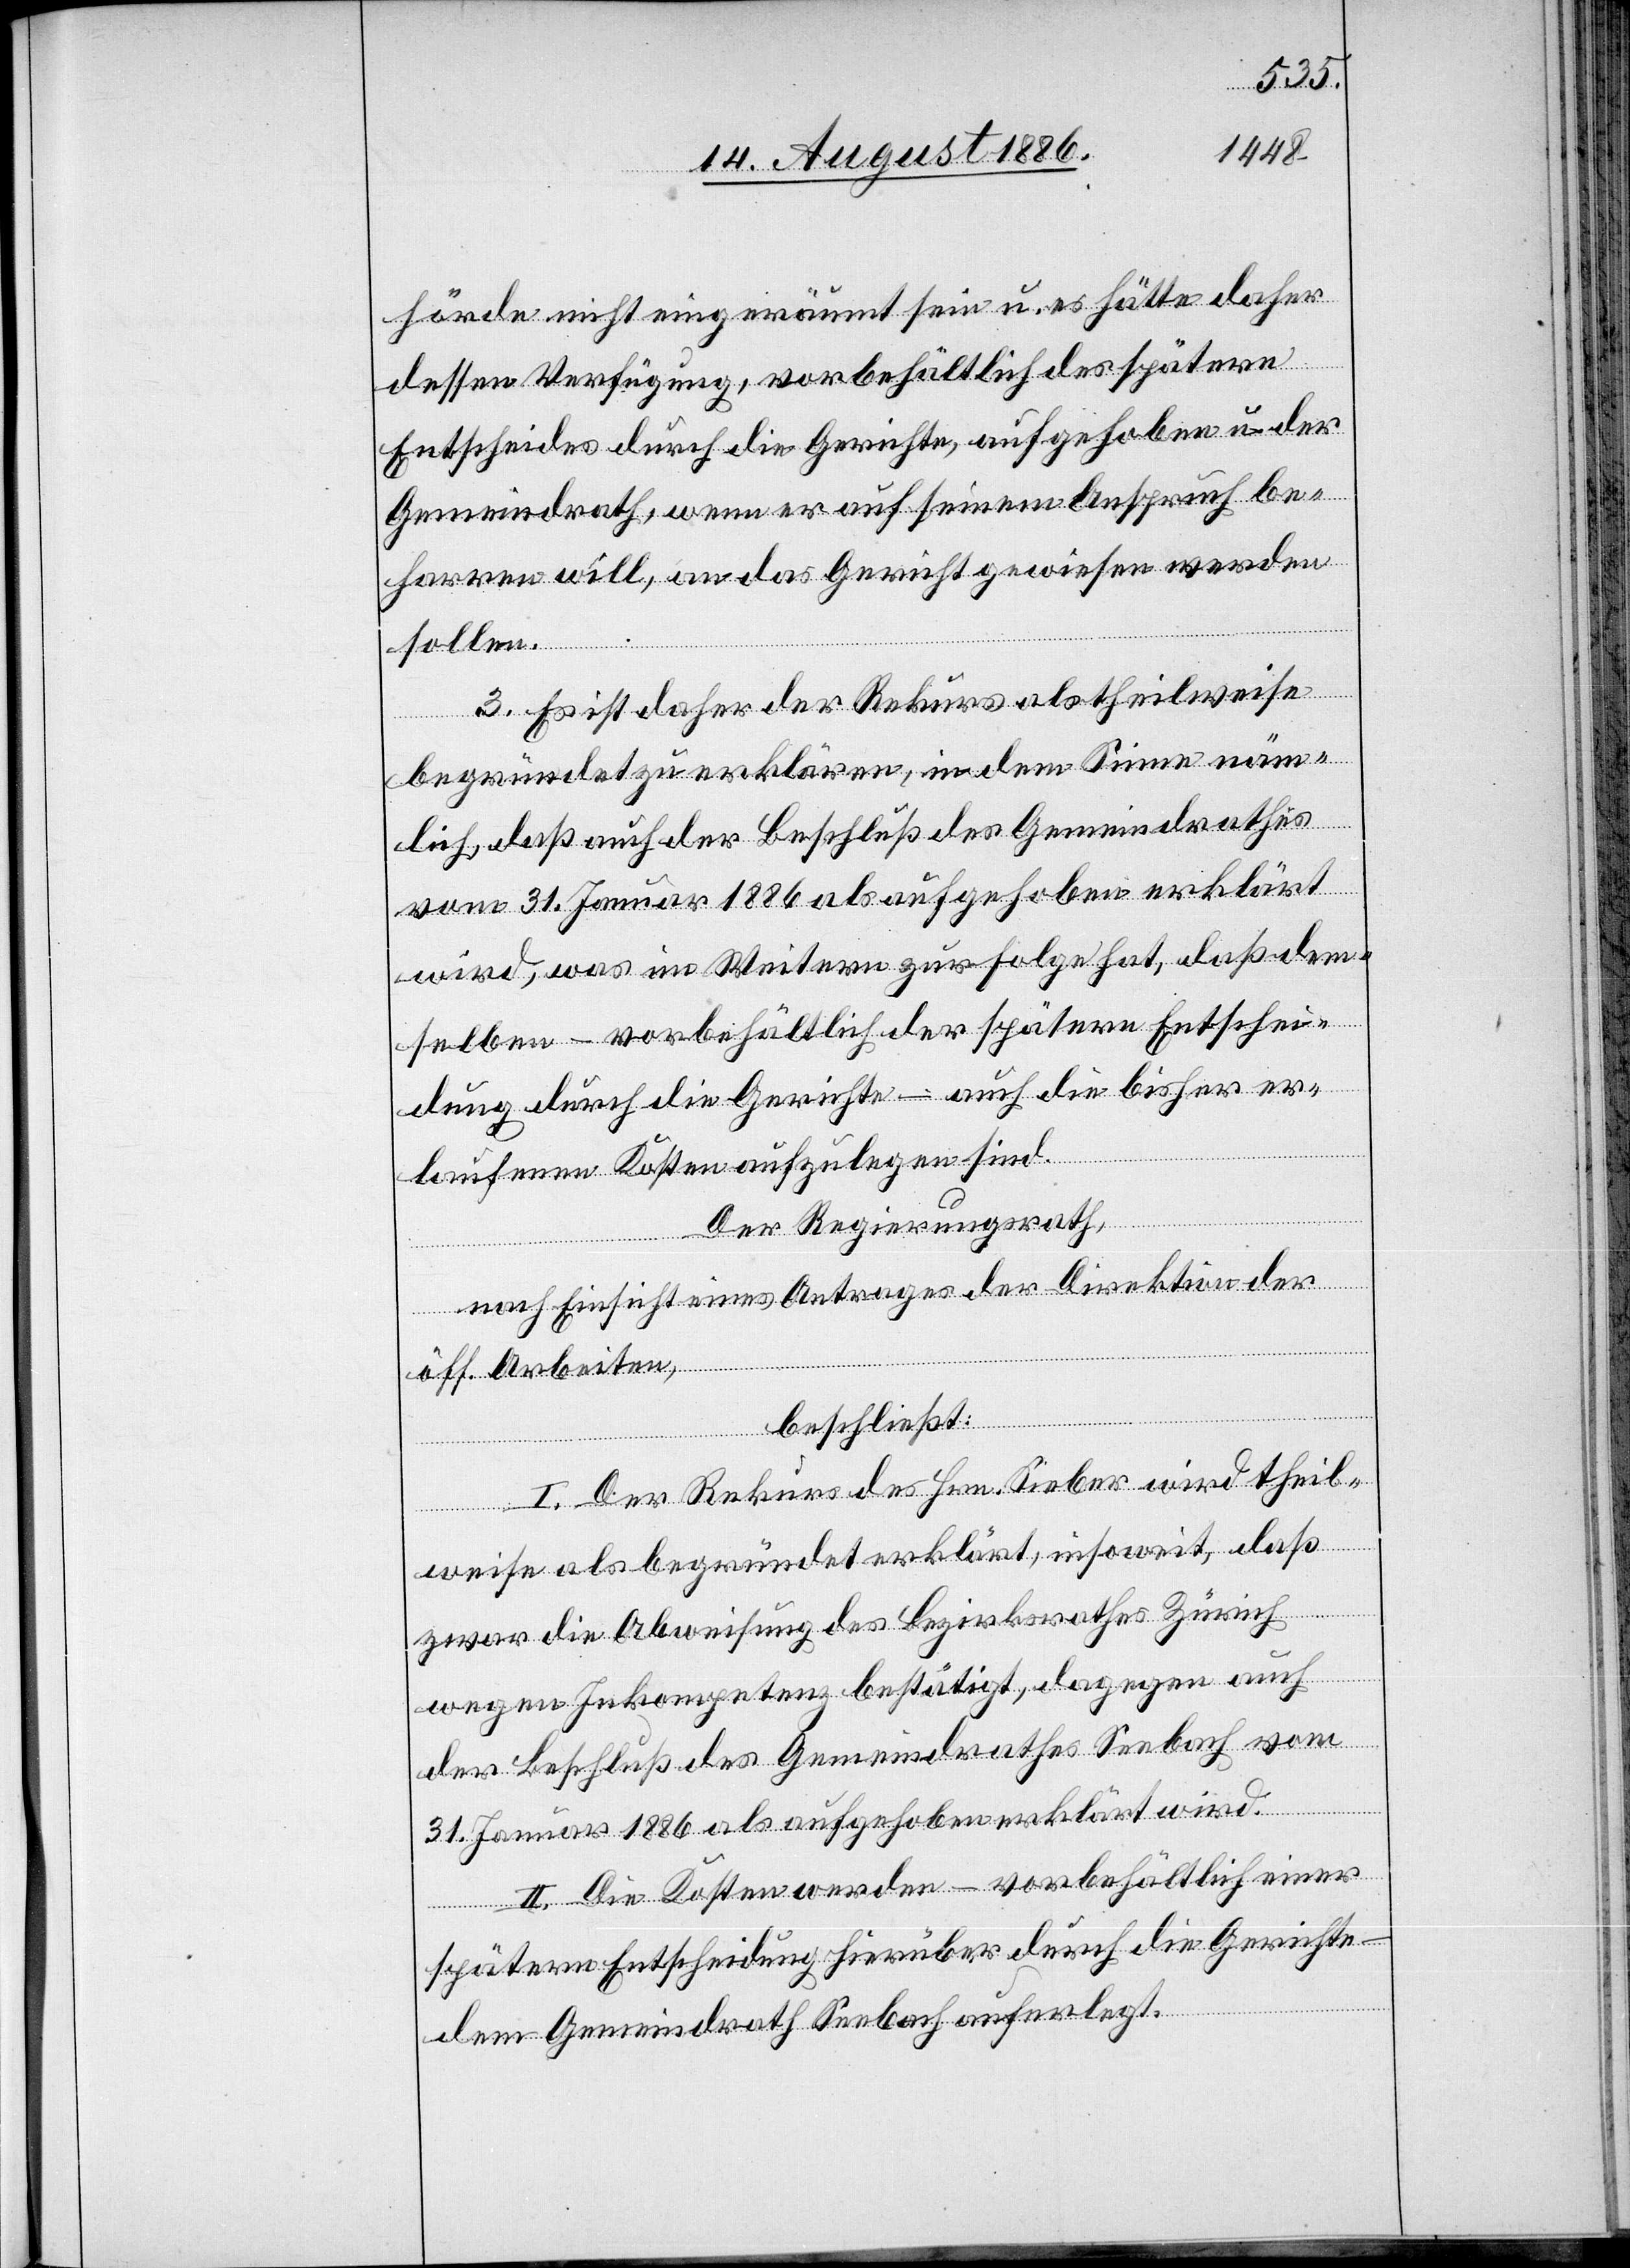
hörde nicht eingeräumt sein u. es hätte daher
dessen Verfügung, vorbehältlich des spätern
Entscheides durch die Gerichte, aufgehoben u. der
Gemeindrath, wenn er auf seinem Anspruch be¬
harren will, an das Gericht gewiesen werden
sollen.
3. Es ist daher der Rekurs als theilweise
begründet zu erklären, in dem Sinne näm¬
lich, daß auch der Beschluß des Gemeindrathes
vom 31. Januar 1886 als aufgehoben erklärt
wird, was im Weitern zu Folge hat, daß dem¬
selben – vorbehältlich der spätern Entschei¬
dung durch die Gerichte – auch die bisher er¬
laufenen Kosten aufzulegen sind.
Der Regierungsrath,
nach Einsicht eines Antrages der Direktion der
öff. Arbeiten,
beschließt:
I. Der Rekurs des Hrn. Sieber wird theil¬
weise als begründet erklärt, insoweit, daß
zwar die Abweisung des Bezirksrathes Zürich
wegen Inkompetenz bestätigt, dagegen auch
der Beschluß des Gemeindrathes Seebach vom
31. Januar 1886 als aufgehoben erklärt wird.
II. Die Kosten werden – vorbehältlich einer
spätern Entscheidung hierüber durch die Gerichte
dem Gemeindrath Seebach auferlegt.